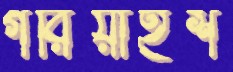
গরিয়াইশ